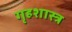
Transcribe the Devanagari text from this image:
गृहशास्त्र